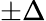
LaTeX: \pm\Delta